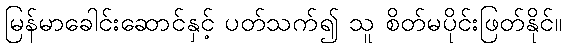
မြန်မာခေါင်းဆောင်နှင့် ပတ်သက်၍ သူ စိတ်မပိုင်းဖြတ်နိုင်။